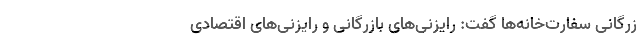
زرگانی سفارت‌خانه‌ها گفت: رایزنی‌های بازرگانی و رایزنی‌های اقتصادی